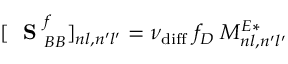
[ \mathrm { ~ \bf ~ S ~ } _ { B B } ^ { f } ] _ { n l , n ^ { \prime } l ^ { \prime } } = \nu _ { \mathrm { d i f f } } \; f _ { D } \; M _ { n l , n ^ { \prime } l ^ { \prime } } ^ { E * }